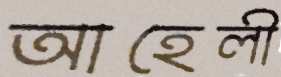
আহেলী